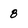
Character: 8